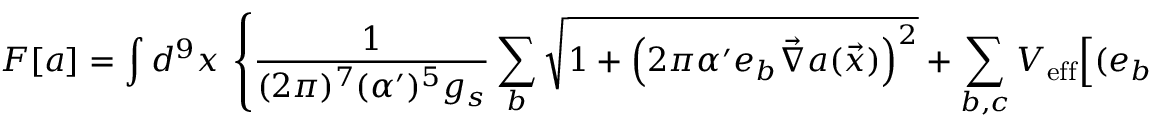
F [ a ] = \int d ^ { 9 } x ~ \left\{ \frac { 1 } { ( 2 \pi ) ^ { 7 } ( \alpha ^ { \prime } ) ^ { 5 } g _ { s } } \sum _ { b } \sqrt { 1 + \left( 2 \pi \alpha ^ { \prime } e _ { b } \vec { \nabla } a ( \vec { x } ) \right) ^ { 2 } } + \sum _ { b , c } V _ { \mathrm { e f f } } \Bigl [ ( e _ { b } - e _ { c } ) a ( \vec { x } ) \Bigr ] + \dots \right\}